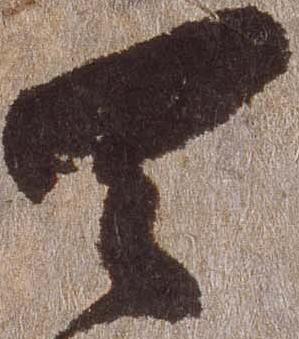
天